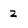
Character: z